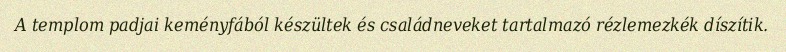
A templom padjai keményfából készültek és családneveket tartalmazó rézlemezkék díszítik.